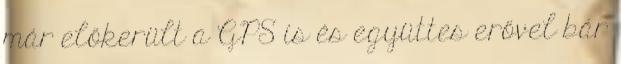
már előkerült a GPS is és együttes erővel bár